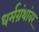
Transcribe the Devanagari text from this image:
धर्मग्रंथांवर